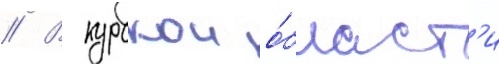
// В курскои о́бласт'и